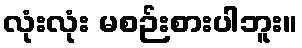
လုံးလုံး မစဉ်းစားပါဘူး။